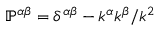
\mathbb { P } ^ { \alpha \beta } = \delta ^ { \alpha \beta } - k ^ { \alpha } k ^ { \beta } / k ^ { 2 }